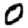
Digit: 0